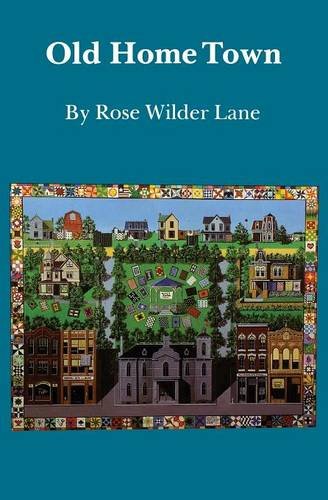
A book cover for Old Home Town (Bison Book); Rose Wilder Lane; Literature & Fiction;